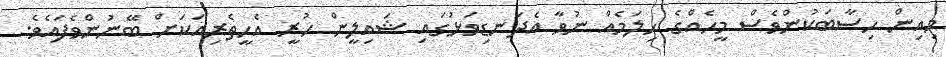
މިއިން ހިސާބަކުންވެސް މީހެއްގެ ހިލަމެއް ނުވާ އެދަނޑިވަޅުގައި ޝައިލީން ހުރީ އެހީތެރިއަކަށް ބޭނުންވެފައެވެ.